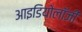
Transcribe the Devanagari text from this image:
आइडियोलॉजी